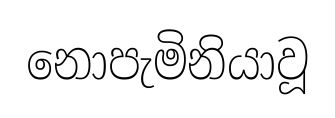
නොපැමිනියාවූ